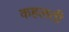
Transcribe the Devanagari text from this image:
कहलती